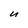
Character: U